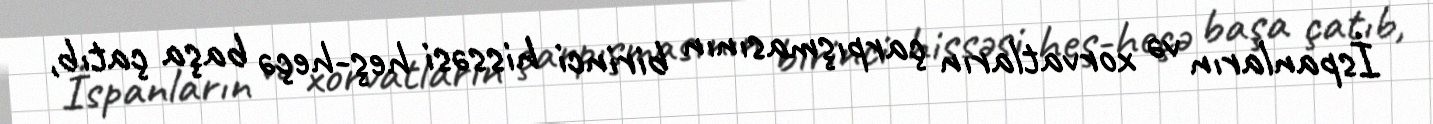
İspanların və xorvatların çarpışmasının birinci hissəsi heş-heçə başa çatıb,